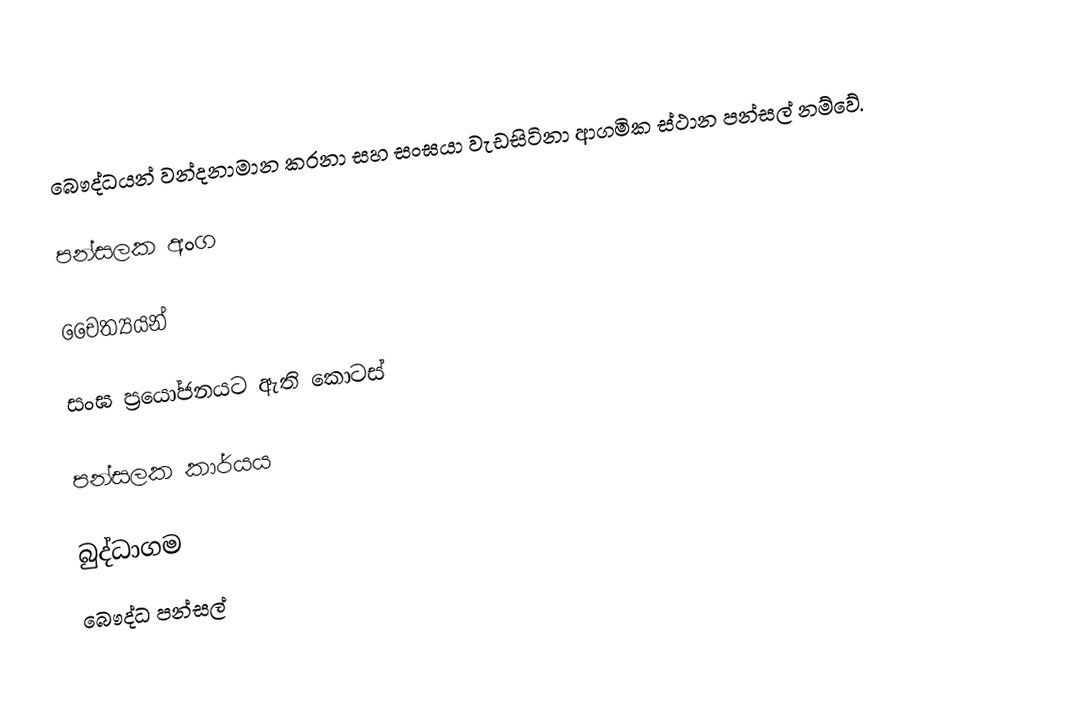
බෞද්ධයන් වන්දනාමාන කරනා සහ සංඝයා වැඩසිටිනා ආගමික ස්ථාන පන්සල් නම්වේ.

පන්සලක අංග

චෛත්‍යයන්

සංඝ ප්‍රයෝජනයට ඇති කොටස්

පන්සලක කාර්යය

බුද්ධාගම
බෞද්ධ පන්සල්